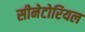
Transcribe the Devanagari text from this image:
सीनेटोरियल